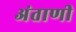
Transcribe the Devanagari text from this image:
अंताणी